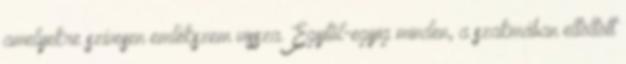
amelyekre szívesen emlékszem vissza. Egytôl-egyig minden, a szakmában eltöltött